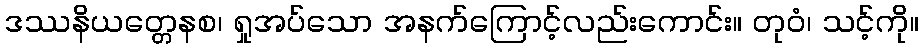
ဒဿနိယတ္တေနစ၊ ရှုအပ်သော အနက်ကြောင့်လည်းကောင်း။ တုဝံ၊ သင့်ကို။